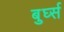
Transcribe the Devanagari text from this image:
बुर्घ्स